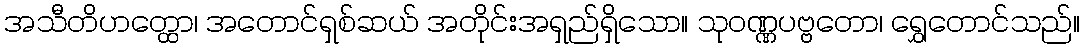
အသီတိဟတ္ထော၊ အတောင်ရှစ်ဆယ် အတိုင်းအရှည်ရှိသော။ သုဝဏ္ဏပဗ္ဗတော၊ ရွှေတောင်သည်။